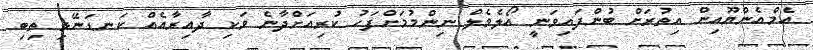
އެމްއެންޔޫއިން އިތުރަށް ބުންފައިވަނީ އޯލެވެލް ނިންމުމަށްފަހު ކުރިއަށްދާނެ ވަކި ދާއިރާއެއް ކަނޑަނޭޅި ތިބި